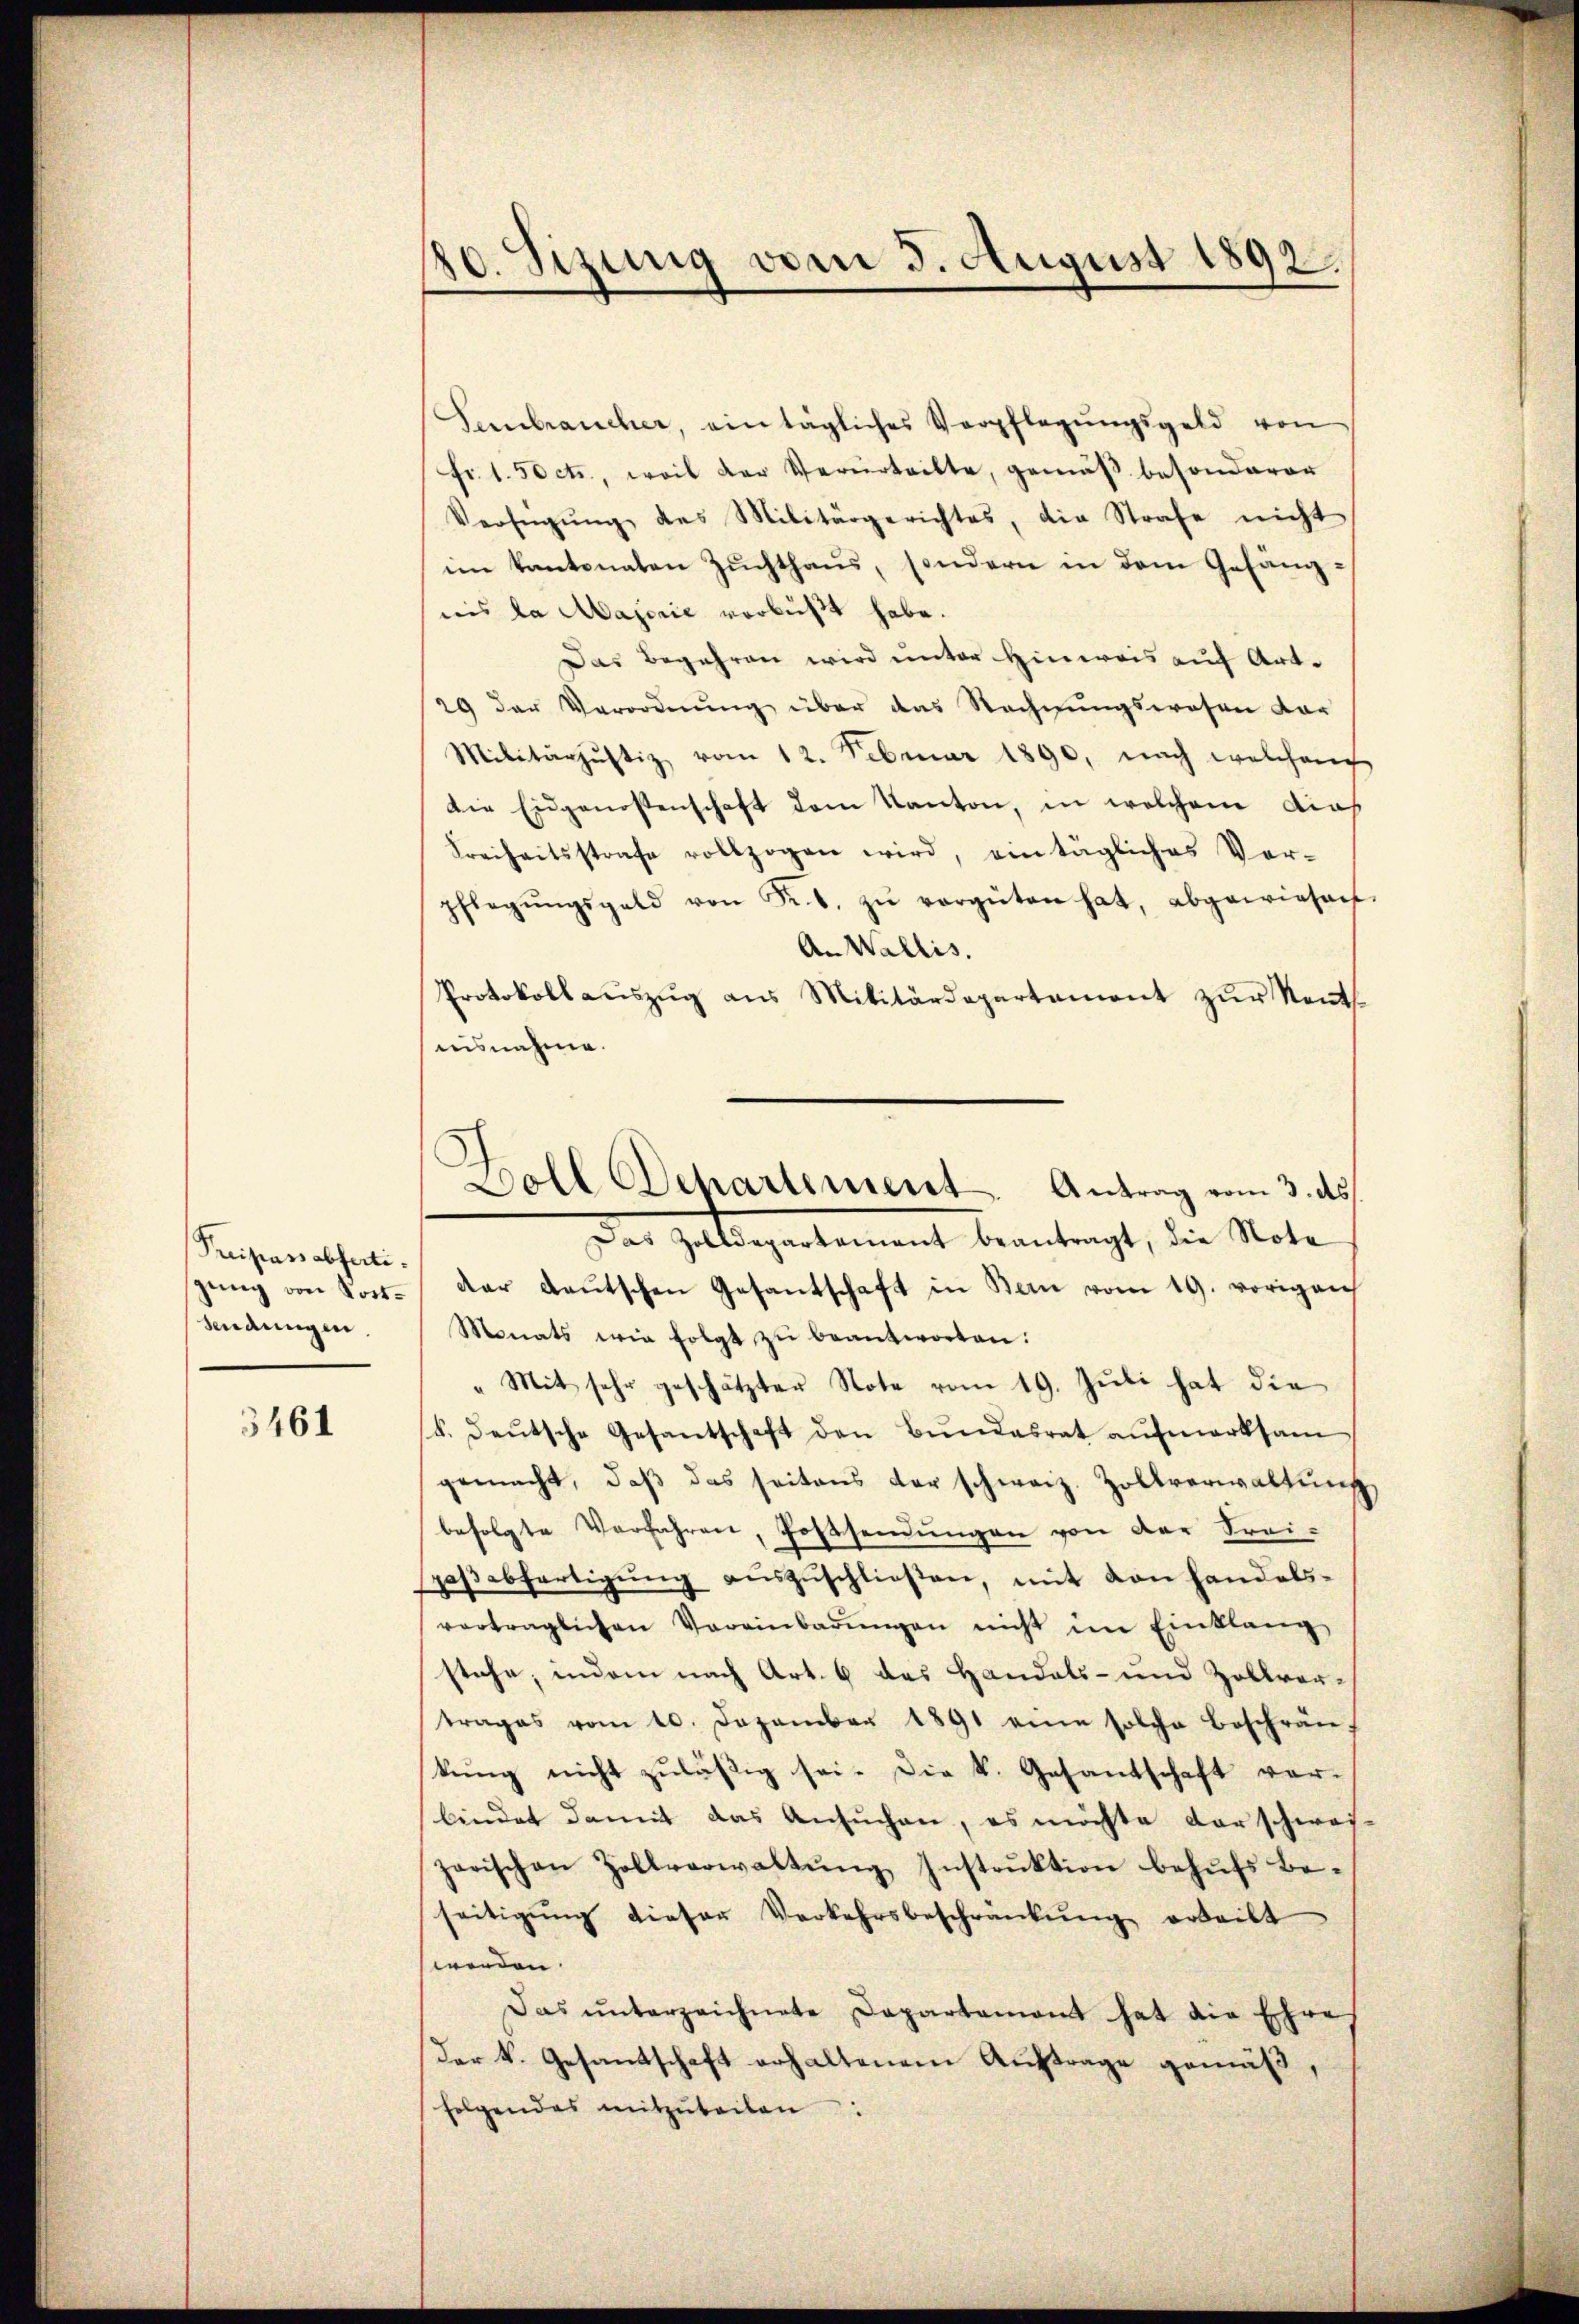
Preipassabfertigung von Post¬
Sendungen.

5461

10. Sizung vom 5. August 1892.

Sembraucher, ein tägliches Verpflegŭngsgeld von
fr. 1.50 cts., weil der Verurteilte, gemäβ besonderer
Verfügŭng des Militärgerichtes, die Strafe nicht
im Kantonaten Zŭchthaŭs, sondern in dem Gefäng-
uis la Majorie verbüßt habe.
Das Begehren wird unter Hinweis auf Art.
29 der Verordnŭng über das Rechnŭngswesen vor
Militärzŭstiz, vom 12. Februar 1890, nach welchen
Die Eidgenossenschaft dem Kanton, in welchem dies
Freiheitsstrafe vollzogen wird, ein tägliches Vor-
pflegŭngsgeld von Fr. T. zŭ vergüten hat, abgewiesen.
An Wallis.
Protokoll aŭszŭg ans Militärdepartement zŭr Kents
aisnahme.
dar deŭtschen Gesantschaft in Bern vom 19. vorigen
Monats wie folgt zu beantworten:
„Mit sehr geschätzter Note vom 19. Juli hat die
(k. Deutsche Gesantschaft den Bundesrat aufmerksam
gemacht, daβ das seitens der schweiz. Zollverwaltŭng
befolgte Verfahren, Postsendŭngen von der Frei-
spassabfertigung auszuschließen, mit von handelsverträglichen Vereinbarŭngen nicht im Einklang
stehe, indem nach Art. 6 das Handels- und Zollvertrages vom 10. Dezember 1891 eine solche beschrän-
kung nicht zuläßig sei. Die k. Gesantschaft vor-
bindet damit das Ansuchen, es möchte darschwei-
zarischen Zollverwaltŭng, Instrŭktion behŭfs Be-
seitigŭng dieser Verkehrsbeschränkŭng erteilt
werden.
Das ŭnterzeichnete Dapartamant hat die Ehre
Der k. Gesandschaft erhaltenem Auftrage gemäß
folgendes mitzŭteilen:

Doll Separtement. Antrag vom 3. ds.
Das Zolldepartement beantragt, die Note